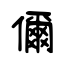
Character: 儞